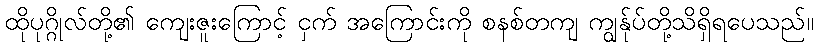
ထိုပုဂ္ဂိုလ်တို့၏ ကျေးဇူးကြောင့် ငှက် အကြောင်းကို စနစ်တကျ ကျွန်ုပ်တို့သိရှိရပေသည်။